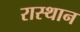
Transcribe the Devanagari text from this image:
रास्थान